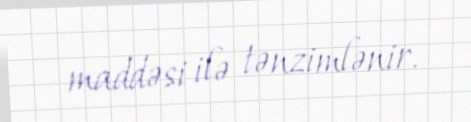
maddəsi ilə tənzimlənir.